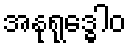
အနုရုဒ္ဓေါဝ